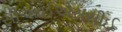
સીઆઈએસસીઈ